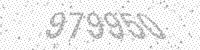
Solution: 979950